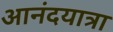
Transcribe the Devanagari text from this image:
आनंदयात्रा